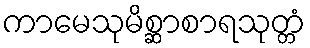
ကာမေသုမိစ္ဆာစာရသုတ္တံ